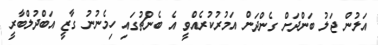
އަލުން ޖަލު ބަންދަށް ގެންދަން އަމުރުކުރެއްވީ އެ ބެންޗުގައި ހިމެނުނު ގާޒީ އަބްދުލްބާރީ